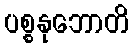
ပစ္စနုဘောတိ